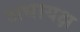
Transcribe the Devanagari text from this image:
अधायक्ष